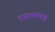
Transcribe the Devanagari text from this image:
नारायणकृत